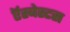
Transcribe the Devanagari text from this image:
ऍस्बेस्टस